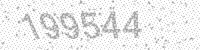
Solution: 199544